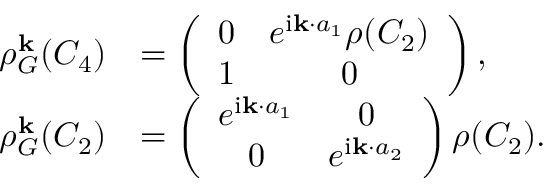
\begin{array} { r l } { \rho _ { G } ^ { \bf k } ( C _ { 4 } ) } & { = \left( \begin{array} { c c } { 0 } & { e ^ { \mathrm { i } { \bf k } \cdot { a } _ { 1 } } \rho ( C _ { 2 } ) } \\ { 1 } & { 0 } \end{array} \right) , } \\ { \rho _ { G } ^ { \bf k } ( C _ { 2 } ) } & { = \left( \begin{array} { c c } { e ^ { \mathrm { i } { \bf k } \cdot { a } _ { 1 } } } & { 0 } \\ { 0 } & { e ^ { \mathrm { i } { \bf k } \cdot { a } _ { 2 } } } \end{array} \right) \rho ( C _ { 2 } ) . } \end{array}